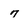
Character: 7